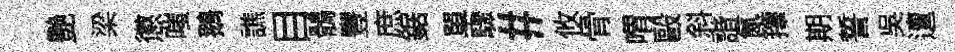
艷梁懲嗤鵝譙目鶻豐庶鋸單驟#攸骨喟毆斜諧氤籜期誓呉邅